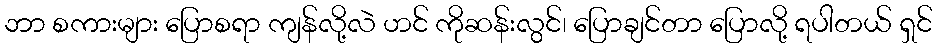
ဘာ စကားများ ပြောစရာ ကျန်လို့လဲ ဟင် ကိုဆန်းလွင်၊ ပြောချင်တာ ပြောလို့ ရပါတယ် ရှင်